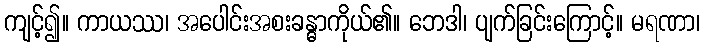
ကျင့်၍။ ကာယဿ၊ အပေါင်းအစးခန္ဓာကိုယ်၏။ ဘေဒါ၊ ပျက်ခြင်းကြောင့်။ မရဏာ၊